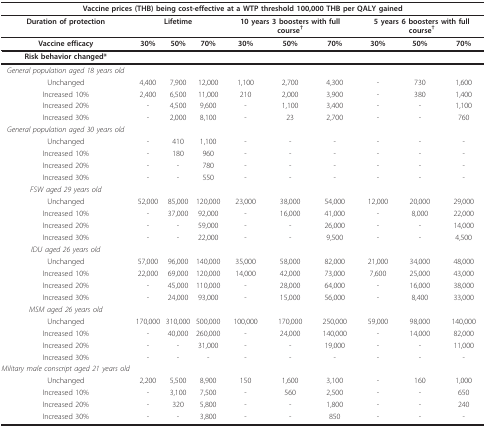
<table><thead><tr><td colspan="10"><b>Vaccine prices (THB) being cost-effective at a WTP threshold 100,000 THB per QALY gained</b></td></tr></thead><tbody><tr><td><b>Duration of protection</b></td><td colspan="3"><b>Lifetime</b></td><td colspan="3"><b>10 years 3 boosters with full course</b><sup><b>†</b></sup></td><td colspan="3"><b>5 years 6 boosters with full course</b><sup><b>†</b></sup></td></tr><tr><td><b>Vaccine efficacy</b></td><td><b>30%</b></td><td><b>50%</b></td><td><b>70%</b></td><td><b>30%</b></td><td><b>50%</b></td><td><b>70%</b></td><td><b>30%</b></td><td><b>50%</b></td><td><b>70%</b></td></tr><tr><td><b>Risk behavior changed*</b></td><td></td><td></td><td></td><td></td><td></td><td></td><td></td><td></td><td></td></tr><tr><td><i>General population aged 18 years old</i></td><td></td><td></td><td></td><td></td><td></td><td></td><td></td><td></td><td></td></tr><tr><td>Unchanged</td><td>4,400</td><td>7,900</td><td>12,000</td><td>1,100</td><td>2,700</td><td>4,300</td><td>-</td><td>730</td><td>1,600</td></tr><tr><td>Increased 10%</td><td>2,400</td><td>6,500</td><td>11,000</td><td>210</td><td>2,000</td><td>3,900</td><td>-</td><td>380</td><td>1,400</td></tr><tr><td>Increased 20%</td><td>-</td><td>4,500</td><td>9,600</td><td>-</td><td>1,100</td><td>3,400</td><td>-</td><td>-</td><td>1,100</td></tr><tr><td>Increased 30%</td><td>-</td><td>2,000</td><td>8,100</td><td>-</td><td>23</td><td>2,700</td><td>-</td><td>-</td><td>760</td></tr><tr><td><i>General population aged 30 years old</i></td><td></td><td></td><td></td><td></td><td></td><td></td><td></td><td></td><td></td></tr><tr><td>Unchanged</td><td>-</td><td>410</td><td>1,100</td><td>-</td><td>-</td><td>-</td><td>-</td><td>-</td><td>-</td></tr><tr><td>Increased 10%</td><td>-</td><td>180</td><td>960</td><td>-</td><td>-</td><td>-</td><td>-</td><td>-</td><td>-</td></tr><tr><td>Increased 20%</td><td>-</td><td>-</td><td>780</td><td>-</td><td>-</td><td>-</td><td>-</td><td>-</td><td>-</td></tr><tr><td>Increased 30%</td><td>-</td><td>-</td><td>550</td><td>-</td><td>-</td><td>-</td><td>-</td><td>-</td><td>-</td></tr><tr><td><i>FSW aged 29 years old</i></td><td></td><td></td><td></td><td></td><td></td><td></td><td></td><td></td><td></td></tr><tr><td>Unchanged</td><td>52,000</td><td>85,000</td><td>120,000</td><td>23,000</td><td>38,000</td><td>54,000</td><td>12,000</td><td>20,000</td><td>29,000</td></tr><tr><td>Increased 10%</td><td>-</td><td>37,000</td><td>92,000</td><td>-</td><td>16,000</td><td>41,000</td><td>-</td><td>8,000</td><td>22,000</td></tr><tr><td>Increased 20%</td><td>-</td><td>-</td><td>59,000</td><td>-</td><td>-</td><td>26,000</td><td>-</td><td>-</td><td>14,000</td></tr><tr><td>Increased 30%</td><td>-</td><td>-</td><td>22,000</td><td>-</td><td>-</td><td>9,500</td><td>-</td><td>-</td><td>4,500</td></tr><tr><td><i>IDU aged 26 years old</i></td><td></td><td></td><td></td><td></td><td></td><td></td><td></td><td></td><td></td></tr><tr><td>Unchanged</td><td>57,000</td><td>96,000</td><td>140,000</td><td>35,000</td><td>58,000</td><td>82,000</td><td>21,000</td><td>34,000</td><td>48,000</td></tr><tr><td>Increased 10%</td><td>22,000</td><td>69,000</td><td>120,000</td><td>14,000</td><td>42,000</td><td>73,000</td><td>7,600</td><td>25,000</td><td>43,000</td></tr><tr><td>Increased 20%</td><td>-</td><td>45,000</td><td>110,000</td><td>-</td><td>28,000</td><td>64,000</td><td>-</td><td>16,000</td><td>38,000</td></tr><tr><td>Increased 30%</td><td>-</td><td>24,000</td><td>93,000</td><td>-</td><td>15,000</td><td>56,000</td><td>-</td><td>8,400</td><td>33,000</td></tr><tr><td><i>MSM aged 26 years old</i></td><td></td><td></td><td></td><td></td><td></td><td></td><td></td><td></td><td></td></tr><tr><td>Unchanged</td><td>170,000</td><td>310,000</td><td>500,000</td><td>100,000</td><td>170,000</td><td>250,000</td><td>59,000</td><td>98,000</td><td>140,000</td></tr><tr><td>Increased 10%</td><td>-</td><td>40,000</td><td>260,000</td><td>-</td><td>24,000</td><td>140,000</td><td>-</td><td>14,000</td><td>82,000</td></tr><tr><td>Increased 20%</td><td>-</td><td>-</td><td>31,000</td><td>-</td><td>-</td><td>19,000</td><td>-</td><td>-</td><td>11,000</td></tr><tr><td>Increased 30%</td><td>-</td><td>-</td><td>-</td><td>-</td><td>-</td><td>-</td><td>-</td><td>-</td><td>-</td></tr><tr><td><i>Military male conscript aged 21 years old</i></td><td></td><td></td><td></td><td></td><td></td><td></td><td></td><td></td><td></td></tr><tr><td>Unchanged</td><td>2,200</td><td>5,500</td><td>8,900</td><td>150</td><td>1,600</td><td>3,100</td><td>-</td><td>160</td><td>1,000</td></tr><tr><td>Increased 10%</td><td>-</td><td>3,100</td><td>7,500</td><td>-</td><td>560</td><td>2,500</td><td>-</td><td>-</td><td>650</td></tr><tr><td>Increased 20%</td><td>-</td><td>320</td><td>5,800</td><td>-</td><td>-</td><td>1,800</td><td>-</td><td>-</td><td>240</td></tr><tr><td>Increased 30%</td><td>-</td><td>-</td><td>3,800</td><td>-</td><td>-</td><td>850</td><td>-</td><td>-</td><td>-</td></tr></tbody></table>